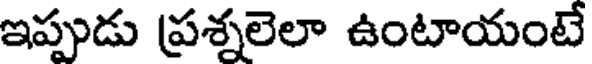
ఇప్పుడు ప్రశ్నలెలా ఉంటాయంటే